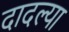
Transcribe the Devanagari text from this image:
दादल्या